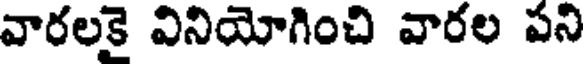
వారలకై వినియోగించి వారల పని